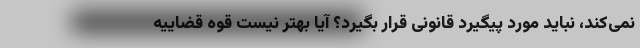
نمی‌کند، نباید مورد پیگیرد قانونی قرار بگیرد؟ آیا بهتر نیست قوه قضاییه